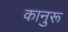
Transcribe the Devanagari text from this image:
कानुरू